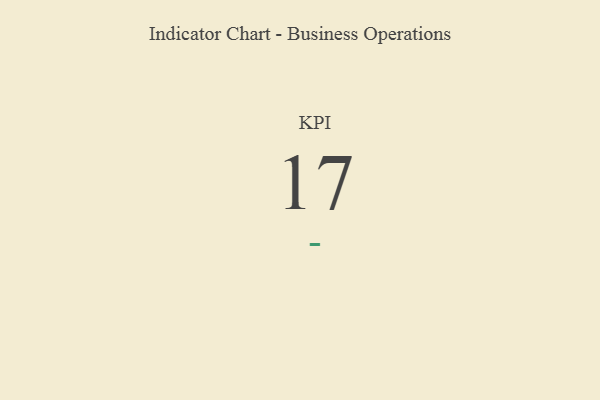
{"axis": {"x": "KPI", "y": "Value"}, "legend": [""], "data": [{"x": "KPI", "y": 17, "type": ""}]}